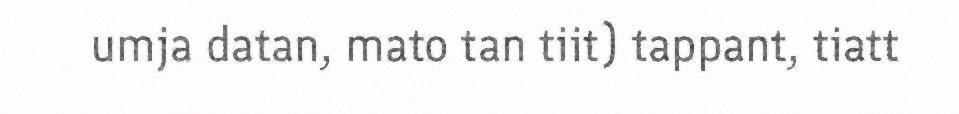
umja datan, mato tan tiit) tappant, tiatt